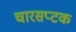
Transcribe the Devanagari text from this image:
चारसप्टक